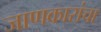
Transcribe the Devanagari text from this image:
जाणकारांचा